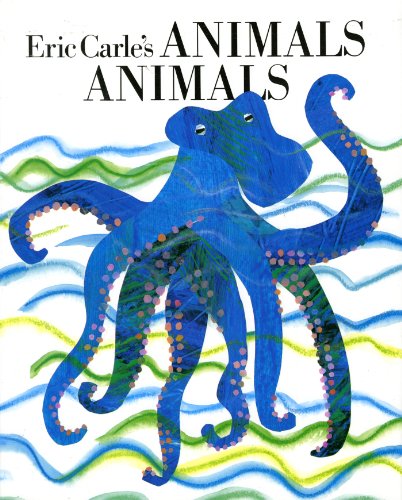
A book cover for Eric Carle's Animals Animals; Eric Carle; Literature & Fiction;